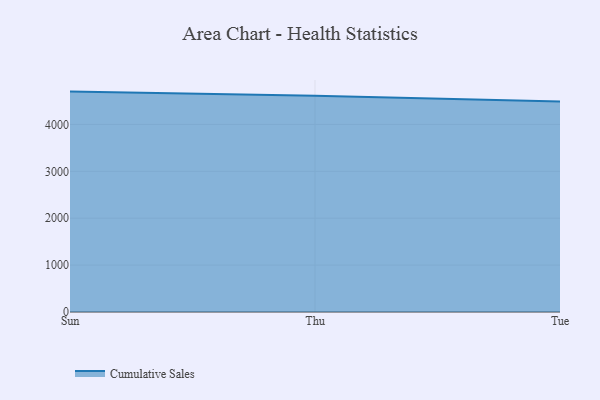
{"axis": {"x": "Day", "y": "Temperature (°C)"}, "legend": ["Cumulative Sales"], "data": [{"x": "Sun", "y": 4700.3, "type": "Cumulative Sales"}, {"x": "Thu", "y": 4611.6, "type": "Cumulative Sales"}, {"x": "Tue", "y": 4489.0, "type": "Cumulative Sales"}]}